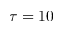
\tau = 1 0